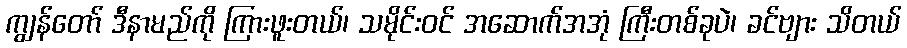
ကျွန်တော် ဒီနာမည်ကို ကြားဖူးတယ်၊ သမိုင်းဝင် အဆောက်အအုံ ကြီးတစ်ခုပဲ၊ ခင်ဗျား သိတယ်